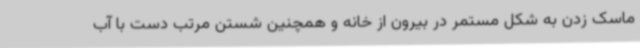
ماسک زدن به شکل مستمر در بیرون از خانه و همچنین شستن مرتب دست با آب